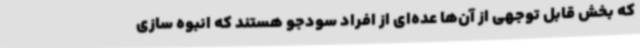
که بخش قابل توجهی از آن‌ها عده‌ای از افراد سودجو هستند که انبوه سازی